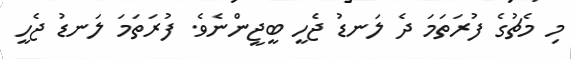
މި މެޗުގެ ފުރަތަމަ ދެ ލަނޑު ޖެހީ ބީޖީންނެވެ. ފުރަތަމަ ލަނޑު ޖެހީ